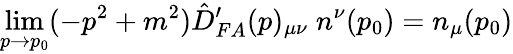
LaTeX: \operatorname*{lim}_{p\rightarrow p_{0}}(-p^{2}+m^{2})\hat{D}_{FA}^{\prime}(p)_{\mu\nu}\; n^{\nu}(p_{0})=n_{\mu}(p_{0})